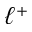
\ell ^ { + }